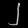
Digit: ၂